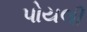
પોયલી